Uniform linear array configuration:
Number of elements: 64
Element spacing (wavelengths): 0.25
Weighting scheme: cosine
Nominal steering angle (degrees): -45
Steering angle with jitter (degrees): -45.583
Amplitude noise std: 0.05
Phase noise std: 0.05

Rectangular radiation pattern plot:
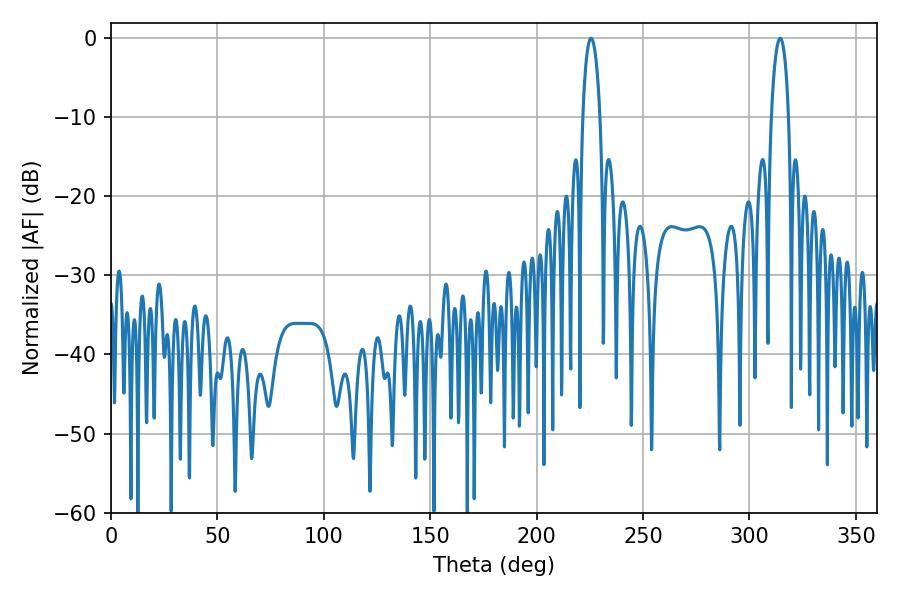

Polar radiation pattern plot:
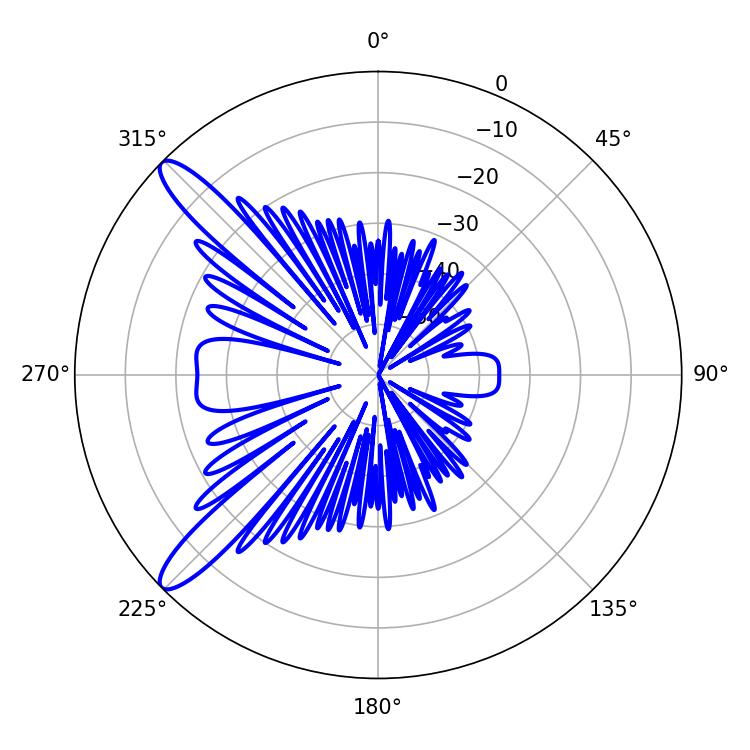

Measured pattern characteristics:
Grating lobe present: FALSE
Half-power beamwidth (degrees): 4.5
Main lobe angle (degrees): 225.54